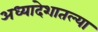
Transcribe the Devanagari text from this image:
अध्यादेशातल्या